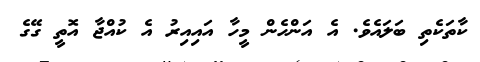
ކާތަކެތި ބަލައެވެ. އެ އަންހެން މީހާ އައިއިރު އެ ކުއްޖާ އޮތީ ގޭގެ